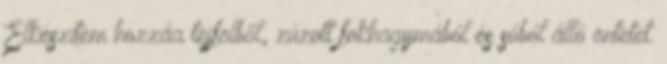
Elkészítem hozzáa tejfölből, zúzott fokhagymából és sóból álló öntetet.